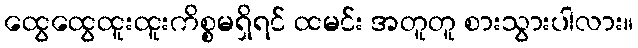
ထွေထွေထူးထူးကိစ္စမရှိရင် ထမင်း အတူတူ စားသွားပါလား။